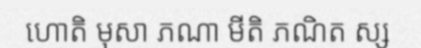
ហោតិ មុសា ភណា មីតិ ភណិត ស្ស